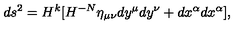
d s ^ { 2 } = H ^ { k } [ H ^ { - N } \eta _ { \mu \nu } d y ^ { \mu } d y ^ { \nu } + d x ^ { \alpha } d x ^ { \alpha } ] ,